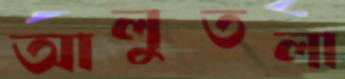
আলুতলা